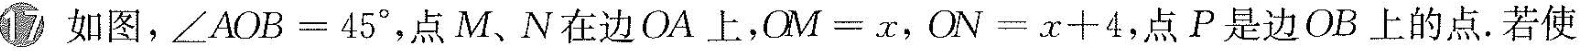
17 如图，$$∠ A O B = 4 5°$$，点M、N在边OA上，$$O M = x$$，$$O N = x + 4$$，点P是边OB上的点。若使